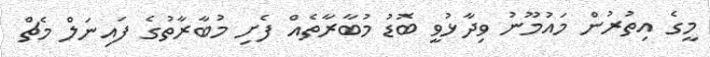
މީގެ އިތުރުން މައުމޫނު ވިދާޅުވީ ބޮޑު މުބާރާތެއް ފެށި މުބާރާތުގެ ފައިނަލް މެޗް